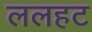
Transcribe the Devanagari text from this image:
ललहट